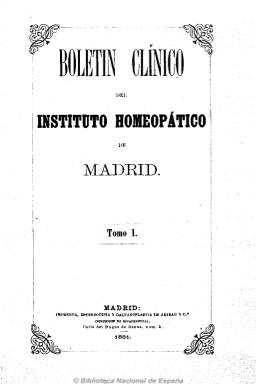
Título: Boletín clínico del Instituto Homeopático de Madrid
Colección: Homeopatía
Ámbito geográfico: Madrid
Lugar de publicación: Madrid
Fechas: 15/01/1881-30/12/1883

Órgano del Instituto Homeopático y del Hospital de San José, de Madrid, empezado a construir en 1873 e inaugurado en 1878. Dedicó menos espacio a los artículos doctrinales y en su afán de contribuir a la propaganda de la homeopatía, dedicó sus páginas a una sección de clínica, patología y terapéutica para dar a conocer los casos morbosos tratados en las enfermerías y en el consultorio público de este establecimiento benéfico, situado en el paseo de La Habana, de Madrid, así como a dar noticias sobre nuevos medicamentos y adelantos, a una revista de periódicos españoles y extranjeros y de las sociedades y hospitales de la escuela homeopática repartidos por Europa y América, a estadísticas, datos económicos y programas de la enseñanza del instituto y del hospital, en donde recibieron instrucción y practicaron alumnos tanto españoles e hispanoaméricanos.

De periodicidad quincenal (se publicaba los días 15 y 30), a partir de 1882 es mensual, pasando de 16 a 28 páginas por número. Al final de cada tomo anual publica un índice de materias. Anastasio García López publicó en el una historia del propio instituto y hospital, que empezó siendo dirigido por José Núñez Pernía. La publicación la dirigirá Tomás Pellicer y en ella colaboran tanto los profesores y facultativos del instituto y del hospital como otros médicos homeópatas. El boletín fue continuado por la Revista hahnemaniana (1884) y después por El criterio médico (1866)